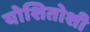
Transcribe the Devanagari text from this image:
योशितोशी